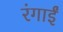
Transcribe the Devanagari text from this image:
रंगाईं